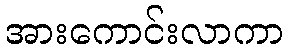
အားကောင်းလာကာ